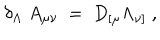
\delta _ { \Lambda } ~ A _ { \mu \nu } ~ = ~ D _ { [ \mu } \Lambda _ { \nu ] } ~ ,